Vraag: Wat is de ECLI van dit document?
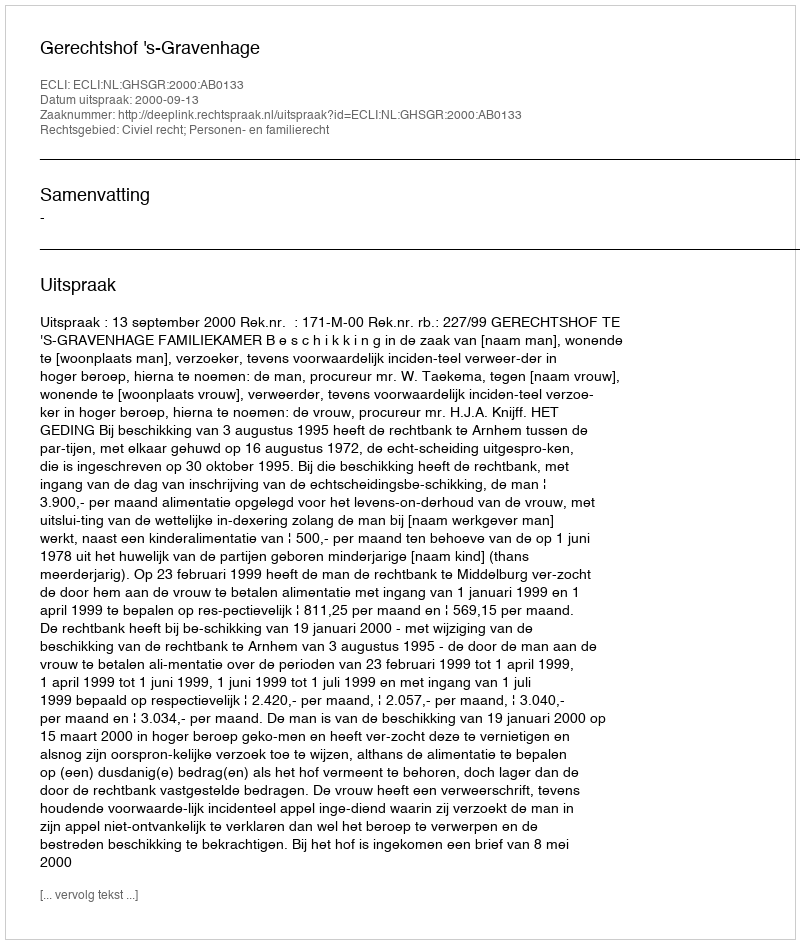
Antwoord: ECLI:NL:GHSGR:2000:AB0133